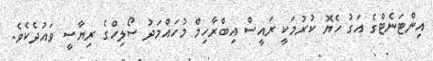
އިންޓަނެޓްގެ އަގު ހެޔޮ ކުރުމަކީ ރައީސް އިބްރާހިމް މުހައްމަދު ސޯލިހްގެ ރިޔާސީ ވައުދެކެެވެ.